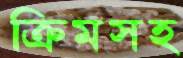
ক্রিমসহ